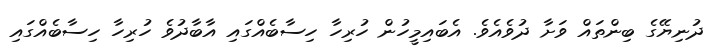
ދުނިޔޭގެ ބިންތައް ވަށާ ދުވެއެވެ. އެބައިމީހުން ހުރިހާ ހިސާބެއްގައި އާބާދުވެ ހުރިހާ ހިސާބެއްގައި